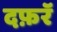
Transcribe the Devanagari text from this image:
दफ़रॅ